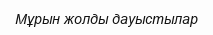
Мұрын жолды дауыстылар